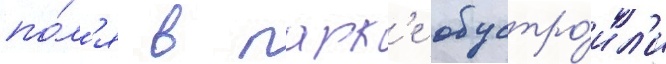
по́л'я в парк'е обустро́ил'и